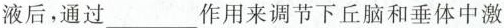
液后，通过___作用来调节下丘脑和垂体中激